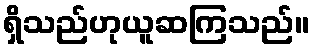
ရှိသည်ဟုယူဆကြသည်။